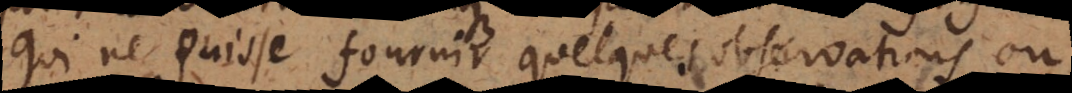
qui ne puisse fournir quelques observations ou